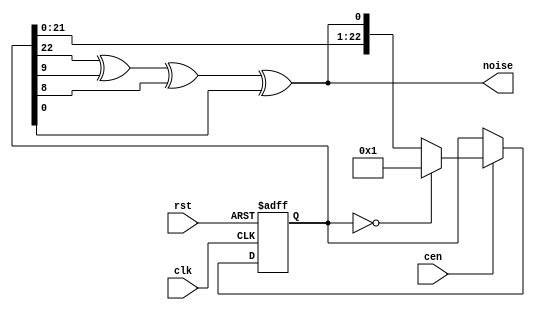
/*  This file is part of JTOPL.

    JTOPL is free software: you can redistribute it and/or modify
    it under the terms of the GNU General Public License as published by
    the Free Software Foundation, either version 3 of the License, or
    (at your option) any later version.

    JTOPL is distributed in the hope that it will be useful,
    but WITHOUT ANY WARRANTY; without even the implied warranty of
    MERCHANTABILITY or FITNESS FOR A PARTICULAR PURPOSE.  See the
    GNU General Public License for more details.

    You should have received a copy of the GNU General Public License
    along with JTOPL.  If not, see <http://www.gnu.org/licenses/>.

    Author: Jose Tejada Gomez. Twitter: @topapate
    Version: 1.0
    Date: 24-6-2020

    */

// Following research by Andete in
// https://github.com/andete/ym2413
// This has been research for the YM2413 (OPLL)
// I assume other OPL chips use the same one

module jtopl_noise(
    input  rst,        // rst should be at least 6 clk&cen cycles long
    input  clk,        // CPU clock
    input  cen,        // optional clock enable, it not needed leave as 1'b1
    output noise
);

reg [22:0] poly;
reg        nbit;

assign     noise = poly[22] ^ poly[9] ^ poly[8] ^ poly[0];

always @(posedge clk, posedge rst) begin
    if( rst )
        poly <= 1;
    else if(cen) begin
        poly <= poly==0 ? 23'd1 : { poly[21:0], noise };
    end
end

endmodule